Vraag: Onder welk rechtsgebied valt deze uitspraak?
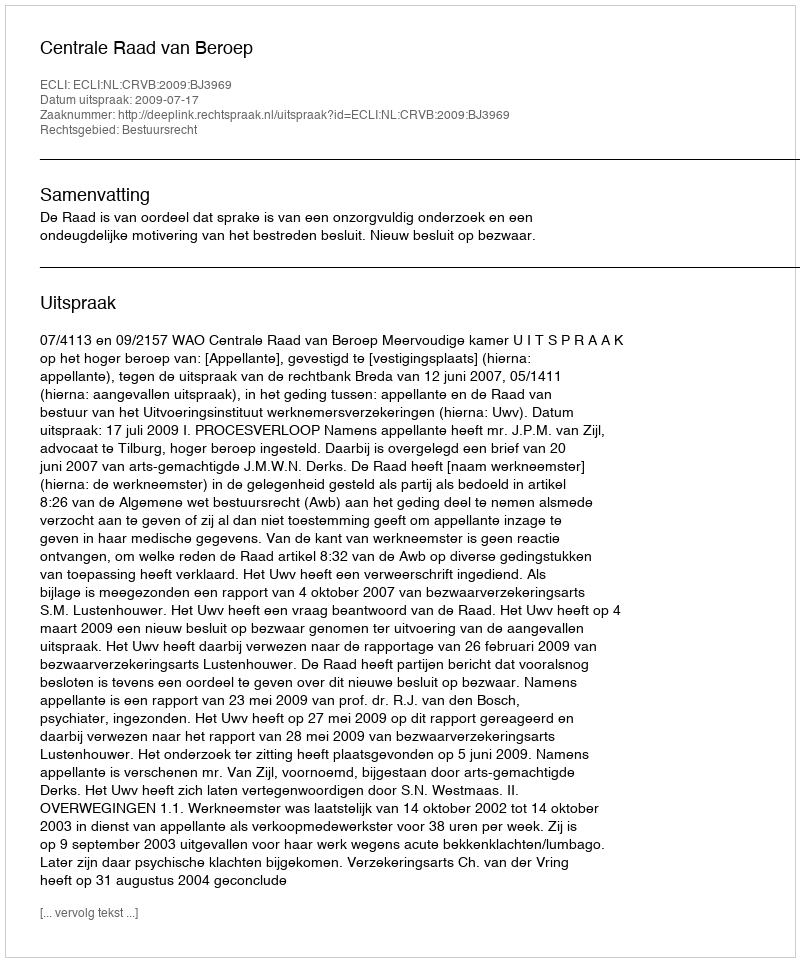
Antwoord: Bestuursrecht